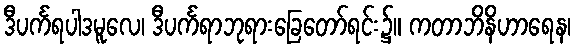
ဒီပင်္ကရပါဒမူလေ၊ ဒီပင်္ကရာဘုရားခြေတော်ရင်း၌။ ကတာဘိနိဟာရေန၊